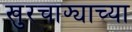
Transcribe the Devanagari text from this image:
खुरचाफ्याच्या